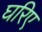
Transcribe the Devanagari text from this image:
घरिए